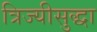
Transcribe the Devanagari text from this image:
त्रिज्यीसुद्धा